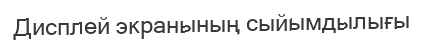
Дисплей экранының сыйымдылығы